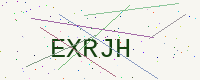
Text: EXRJH